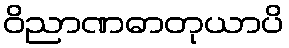
ဝိညာဏဓာတုယာပိ